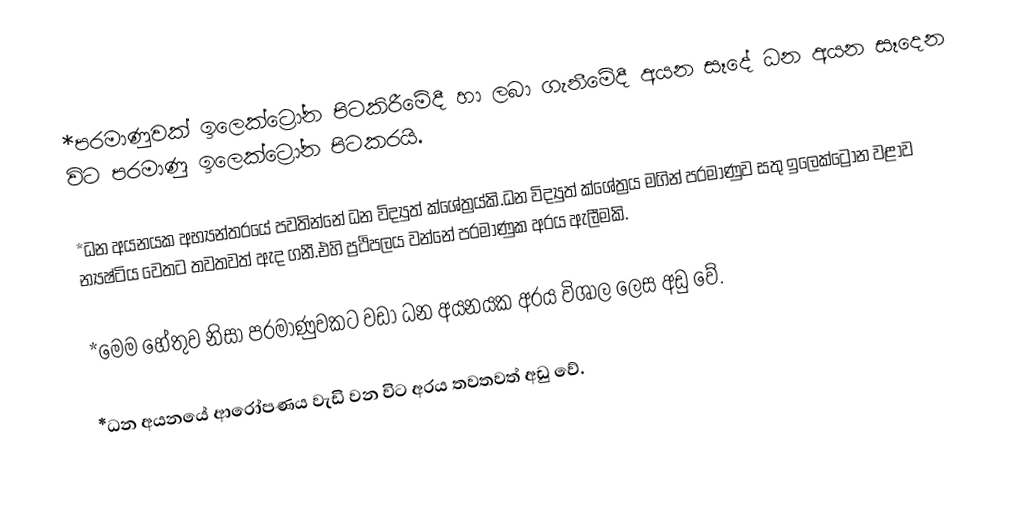
*පරමාණුවක් ඉලෙක්ට්‍රෝන පිටකිරීමේදී හා ලබා ගැනීමේදී අයන සෑදේ  ධන අයන සෑදෙන විට පරමාණු ඉලෙක්ට්‍රෝන පිටකරයි.

*ධන අයනයක අභ්‍යන්තරයේ පවතින්නේ ධන විද්‍යුත් ක්ශේත්‍රය්කි.ධන විද්‍යුත් ක්ශේත්‍රය මගින් පරමාණුව සතු ඉලෙක්ට්‍රෝන වළාව න්‍යෂ්ටිය වෙතට තවතවත් ඇද ගනී.එහි ප්‍රථිපලය වන්නේ                   පරමාණුක අරය ඇලීමකි.

*මෙම හේතුව නිසා පරමාණුවකට වඩා ධන අයනයක අරය විශාල ලෙස අඩු වේ.

*ධන අයනයේ ආරෝපණය වැඩි වන විට අරය තවතවත් අඩු වේ.